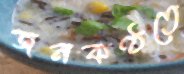
জনকণ্ঠতে